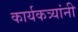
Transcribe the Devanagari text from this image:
कार्यकत्र्यांनी